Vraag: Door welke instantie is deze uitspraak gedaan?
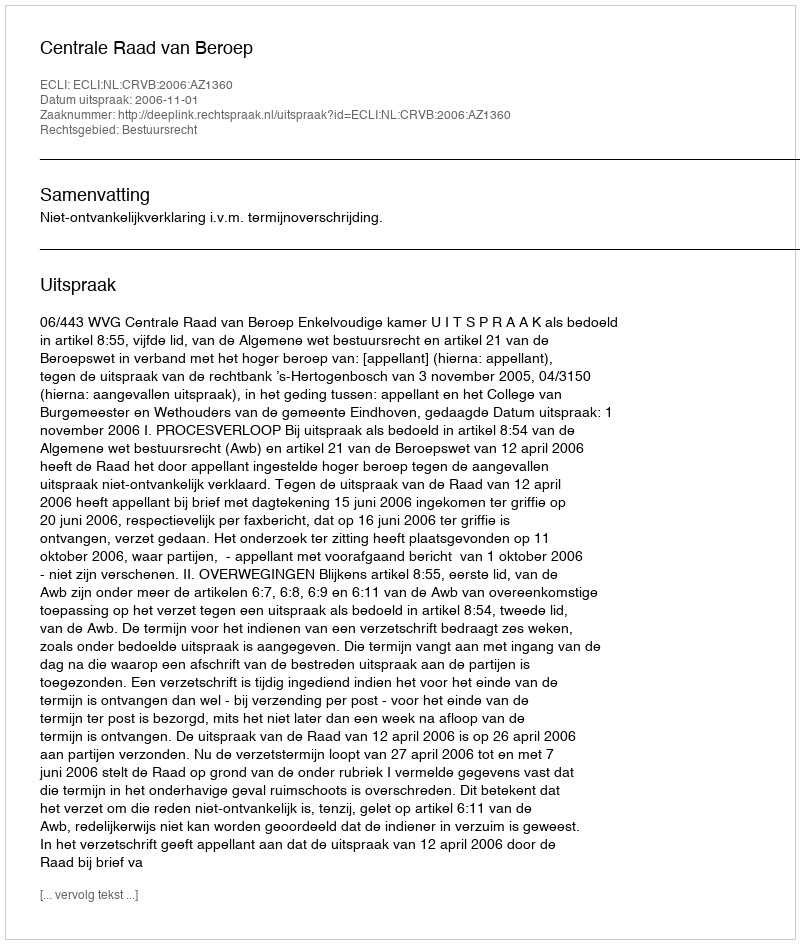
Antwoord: Centrale Raad van Beroep